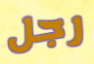
رجل